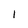
Character: l